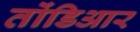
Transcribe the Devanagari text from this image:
तोंडिआर